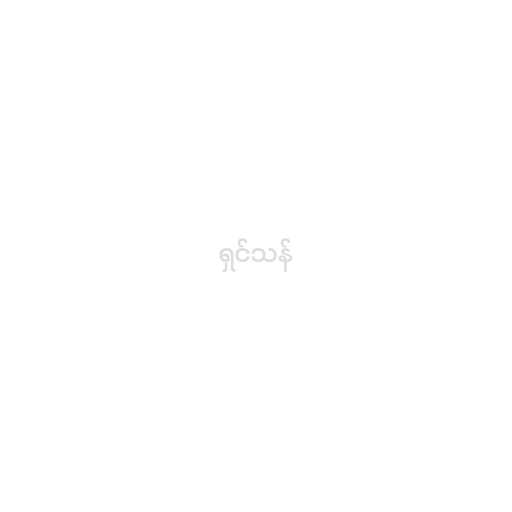
ရှင်သန်